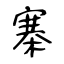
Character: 寨